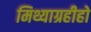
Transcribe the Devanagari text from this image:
मिथ्याग्रहीहो